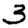
Digit: 3